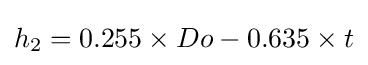
h_{2}=0.255\times Do-0.635\times t